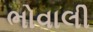
ભોવાલી